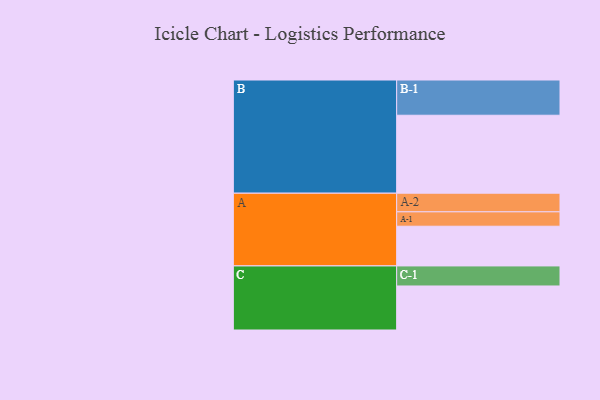
{"axis": {"x": "Segment", "y": "Value"}, "legend": ["", "A", "B", "C"], "data": [{"x": "A", "y": 303, "type": ""}, {"x": "B", "y": 595, "type": ""}, {"x": "C", "y": 336, "type": ""}, {"x": "A-1", "y": 110, "type": "A"}, {"x": "A-2", "y": 142, "type": "A"}, {"x": "B-1", "y": 269, "type": "B"}, {"x": "C-1", "y": 153, "type": "C"}]}